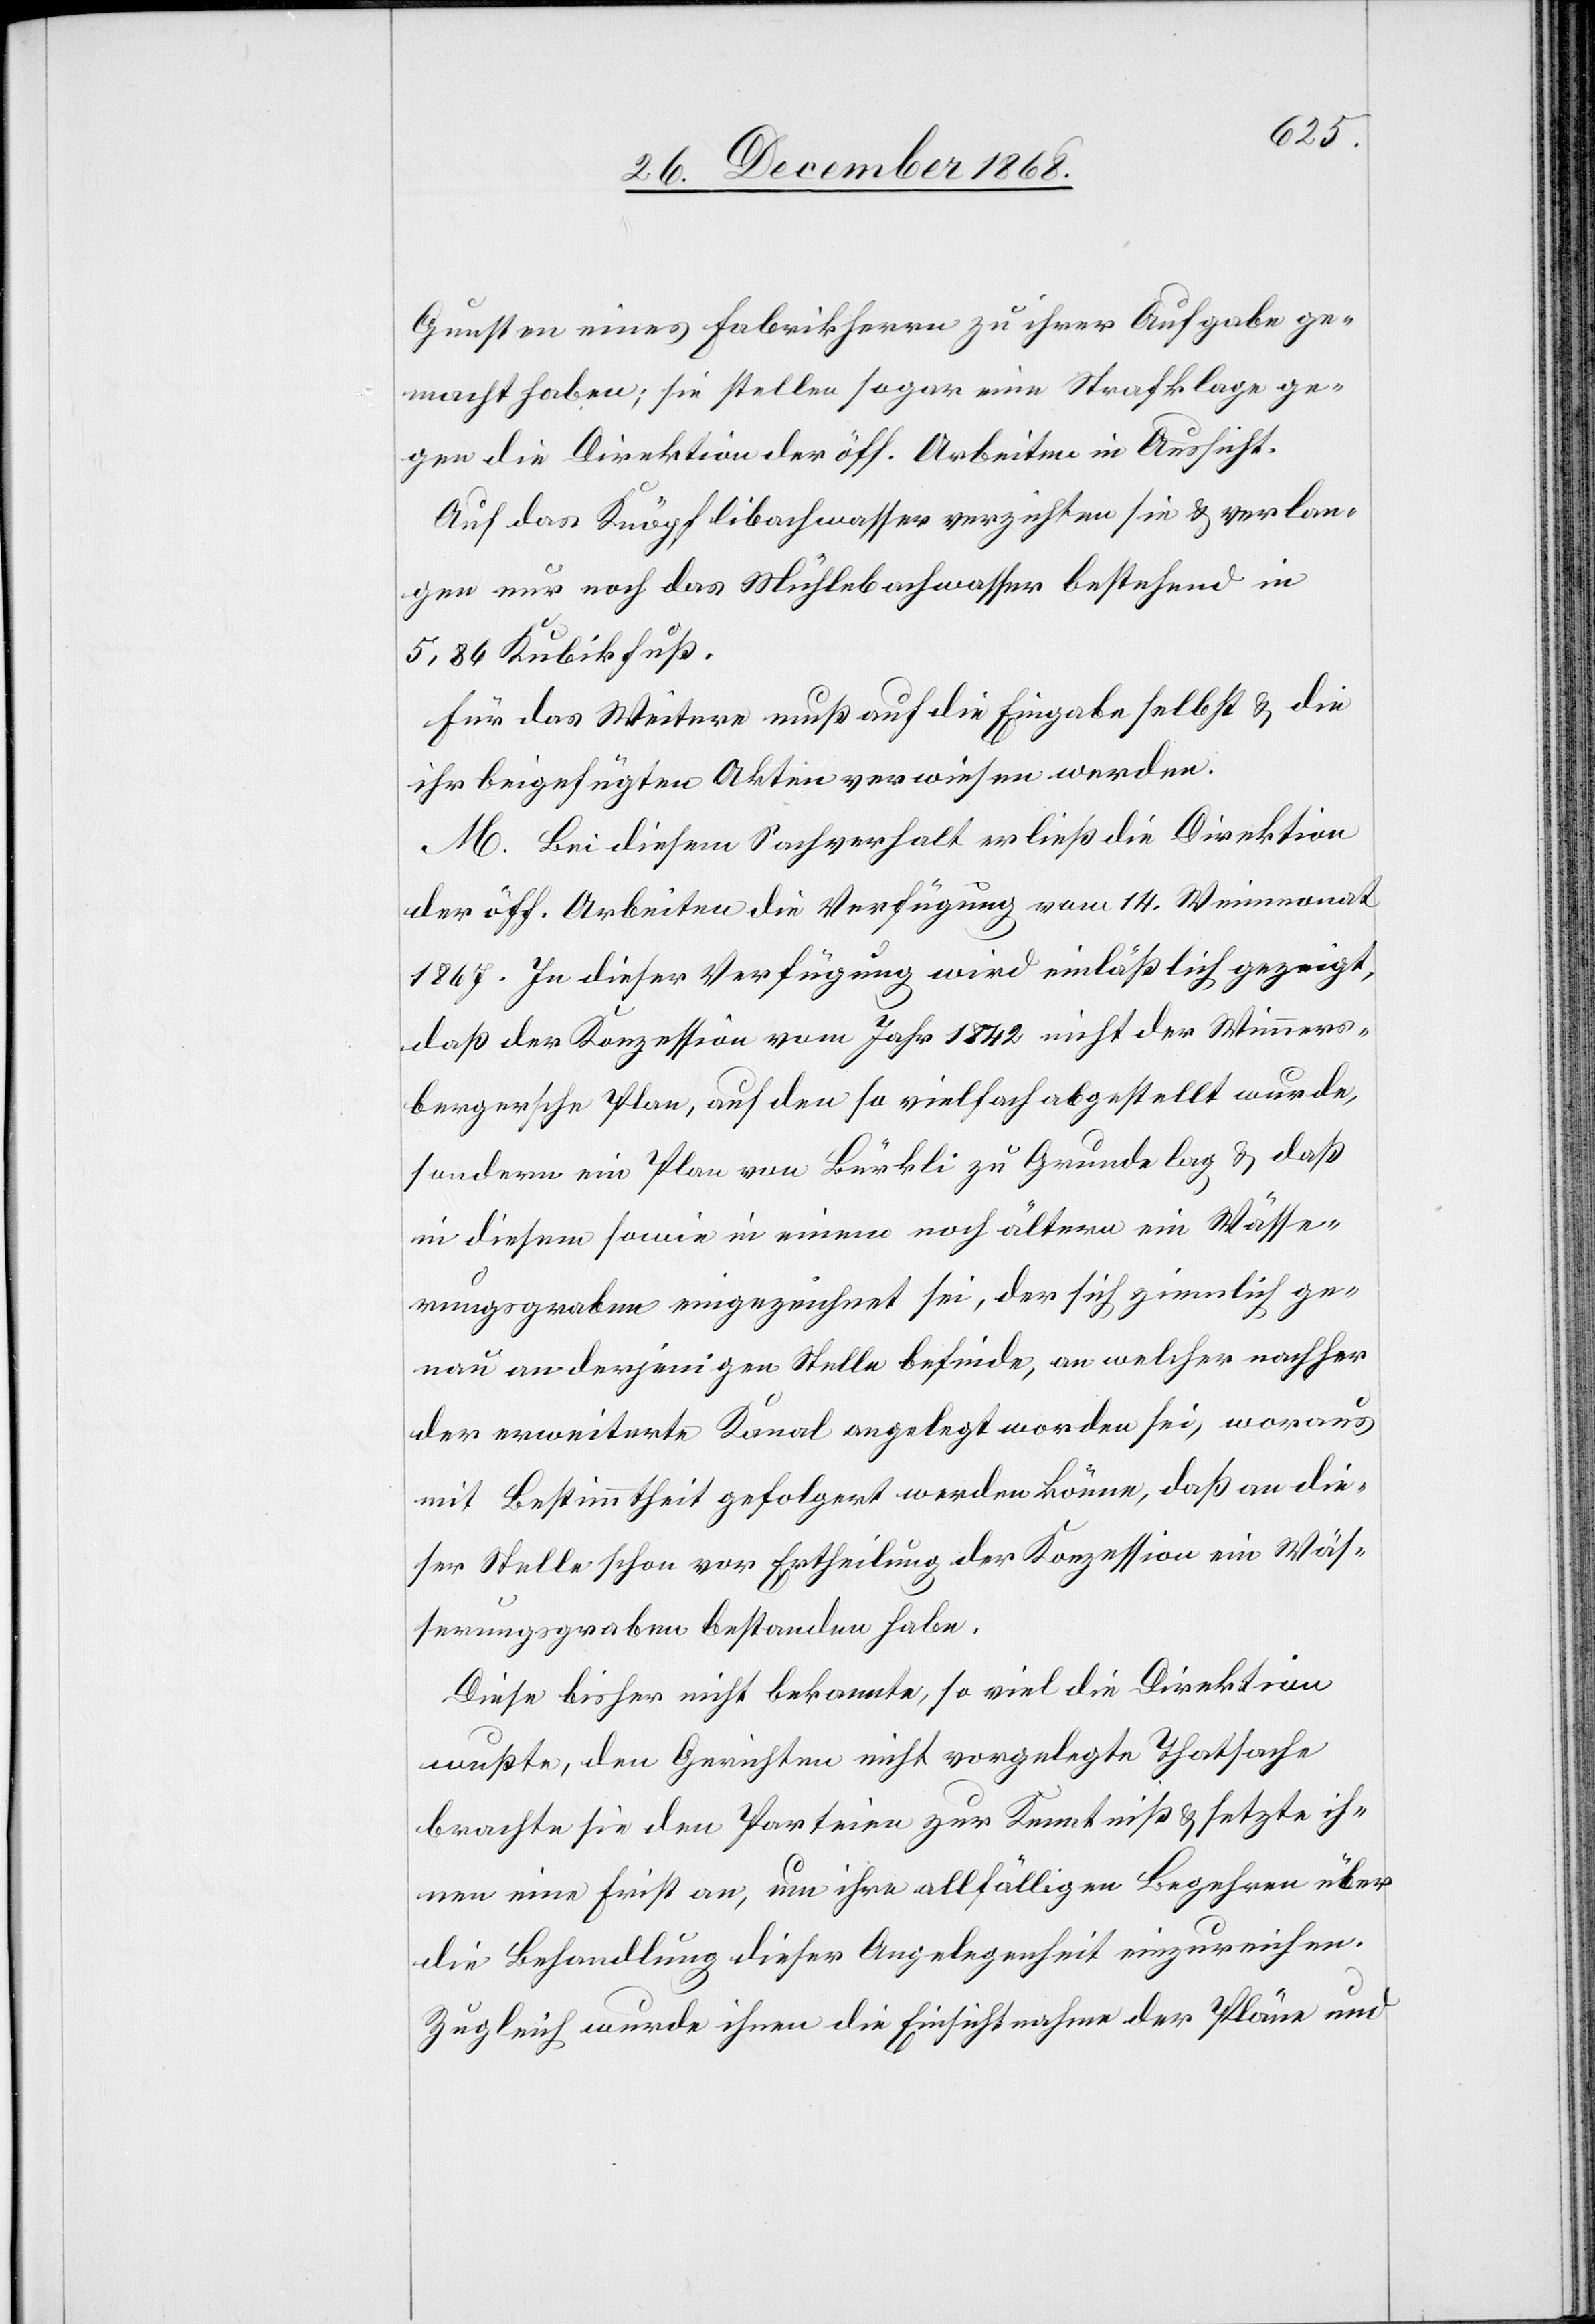
Gunsten eines Fabrikherrn zu ihrer Aufgabe ge¬
macht haben; sie stellen sogar eine Strafklage ge¬
gen die Direktion der öff. Arbeiten in Aussicht.
Auf das Knöpflibachwasser verzichten sie & verlan¬
gen nur noch das Mühlebachwasser bestehend in
5,86 Kubikfuß.
Für das Weitere muß auf die Eingabe selbst & die
ihr beigefügten Akten verwiesen werden.
M. Bei diesem Sachverhalt erließ die Direktion
der öff. Arbeiten die Verfügung vom 14. Weinmonat
1867. In dieser Verfügung wird einläßlich gezeigt,
daß der Konzession vom Jahr 1842 nicht der Wimmers¬
bergersche Plan, auf den so vielfach abgestellt wurde,
sondern ein Plan von Bürkli zu Grunde lag & daß
in diesem sowie in einem noch ältern ein Wässe¬
rungsgraben eingezeichnet sei, der sich ziemlich ge¬
nau an derjenigen Stelle befinde, an welcher nachher
der erweiterte Kanal angelegt worden sei, woraus
mit Bestimmtheit gefolgert werden könne, daß an die¬
ser Stelle schon vor Ertheilung der Konzession ein Wäs¬
serungsgraben bestanden habe.
Diese bisher nicht bekannte, so viel die Direktion
wußte, den Gerichten nicht vorgelegte Thatsache
brachte sie den Parteien zur Kenntniß & setzte ih¬
nen eine Frist an, um ihre allfälligen Begehren über
die Behandlung dieser Angelegenheit einzureichen.
Zugleich wurde ihnen die Einsichtnahme der Pläne und